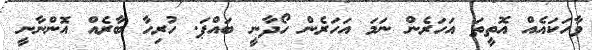
ވާހަކައެއް އޮތީތަ އަހަރެން ނަމަ އަހަރެން ހޯދާނީ ބައްޕަ. ހުރިހާ ބާރެއް އޮންނާނީ